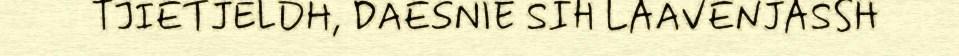
TJIETJELDH, DAESNIE SIH LAAVENJASSH